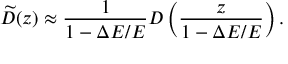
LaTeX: \widetilde { D } ( z ) \approx \frac { 1 } { 1 - \Delta E / E } D \left( \frac { z } { 1 - \Delta E / E } \right) .